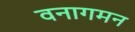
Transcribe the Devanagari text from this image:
वनागमन